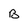
Character: B